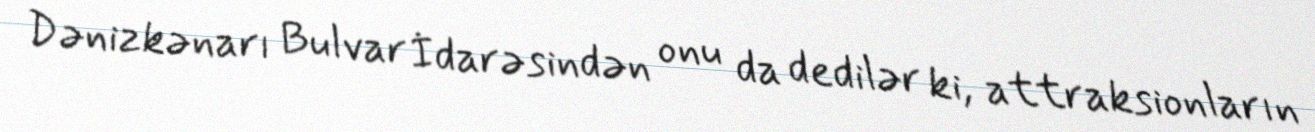
Dənizkənarı Bulvar İdarəsindən onu da dedilər ki, attraksionların